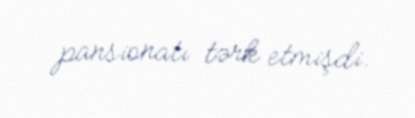
pansionatı tərk etmişdi.